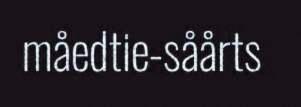
måedtie-såårts